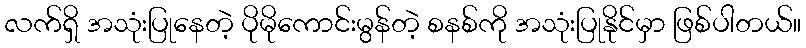
လက်ရှိ အသုံးပြုနေတဲ့ ပိုမိုကောင်းမွန်တဲ့ စနစ်ကို အသုံးပြုနိုင်မှာ ဖြစ်ပါတယ်။